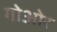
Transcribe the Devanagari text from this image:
गोओर